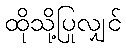
ထိုသို့ပြုလျှင်